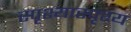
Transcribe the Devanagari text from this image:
स्पृश्‍यास्पृश्‍य